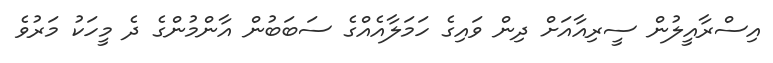
އިސްރާއީލުން ސީރިއާއަށް ދިން ވައިގެ ހަމަލާއެއްގެ ސަބަބުން އާންމުންގެ ދެ މީހަކު މަރުވެ